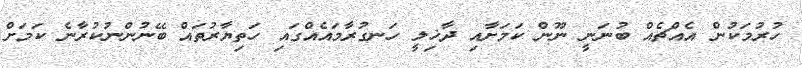
ހުރުމަކުން އެއްޗެއް ބުނަނީ ނޫން ކަމަށާއި ދާޚިލީ ހަނގުރާމައެއްގައި ހަތިޔާރުތައް ބޭނުންނުކުރާނެ ކަމަށް